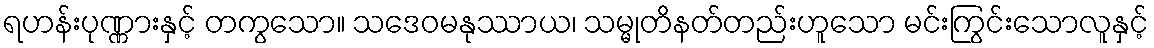
ရဟန်းပုဏ္ဏားနှင့် တကွသော။ သဒေဝမနုဿာယ၊ သမ္မုတိနတ်တည်းဟူသော မင်းကြွင်းသောလူနှင့်